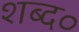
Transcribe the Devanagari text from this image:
शब्द०